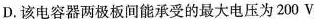
D. 该电容器两极板间能承受的最大电压为200V